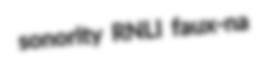
sonority RNLI faux-na